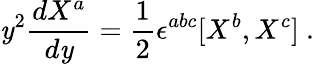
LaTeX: \mathit{y}^{2}\frac{{dX^{a}}}{{d\mathit{y}}}=\frac{1}{2}\epsilon^{abc}[X^{b},X^{c}]\ .